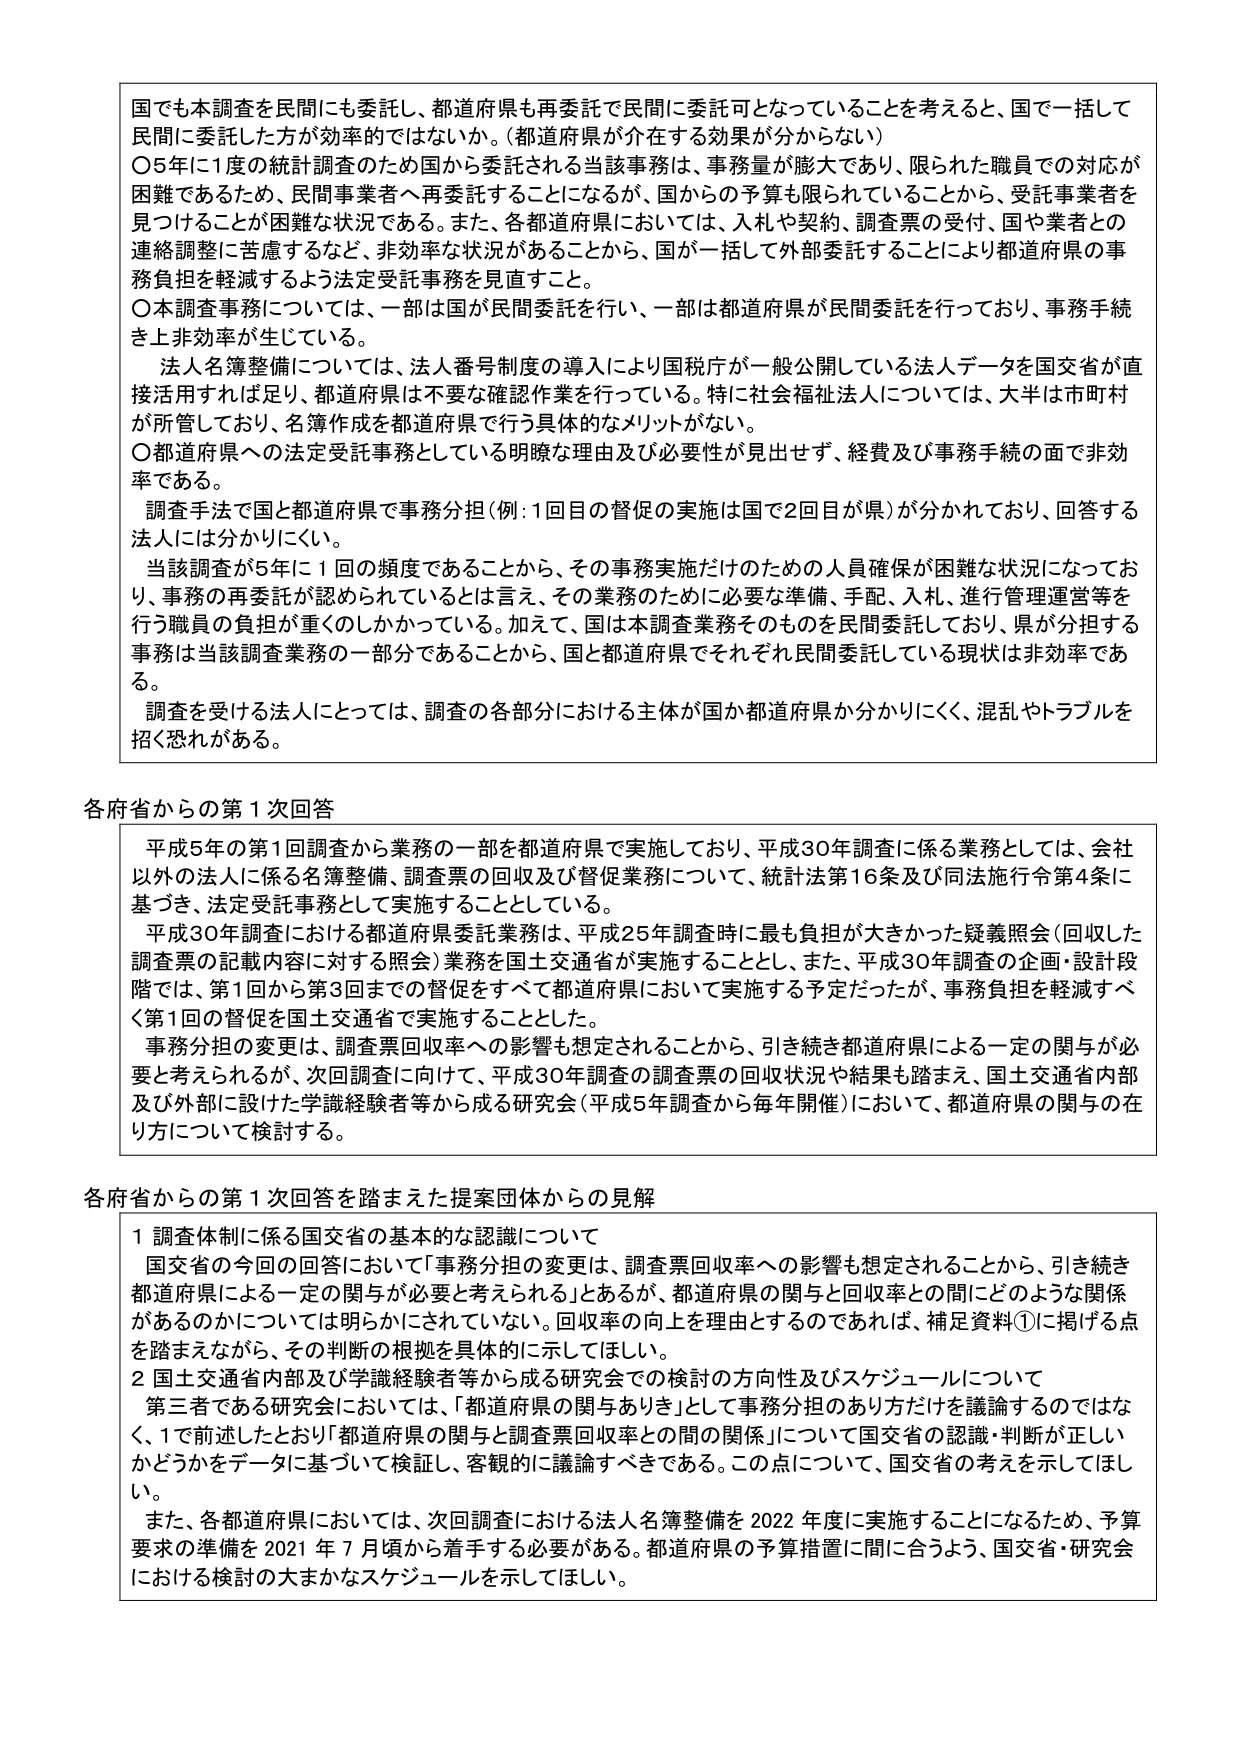
国でも本調査を民間にも委託し、都道府県も再委託で民間に委託可となっていることを考えると、国で一括して民間に委託した方が効率的ではないか。（都道府県が介在する効果が分からない）

〇5年に1度の統計調査のため国から委託される当該事務は、事務量が膨大であり、限られた職員での対応が困難であるため、民間事業者へ再委託することになるが、国からの予算も限られていることから、受託事業者を見つけることが困難な状況である。また、各都道府県においては、入札や契約、調査票の受付、国や業者との連絡調整に苦慮するなど、非効率な状況があることから、国が一括して外部委託することにより都道府県の事務負担を軽減するよう法定受託事務を見直すこと。

〇本調査事務については、一部は国が民間委託を行い、一部は都道府県が民間委託を行っており、事務手続き上非効率が生じている。

　法人名簿整備については、法人番号制度の導入により国税庁が一般公開している法人データを国交省が直接活用すれば足り、都道府県は不要な確認作業を行っている。特に社会福祉法人については、大半は市町村が所管しており、名簿作成を都道府県で行う具体的なメリットがない。

〇都道府県への法定受託事務としている明確な理由及び必要性が見出せず、経費及び事務手続の面で非効率である。

　調査手法で国と都道府県で事務分担（例：1回目の督促の実施は国で2回目が県）が分かれており、回答する法人には分かりにくい。

　当該調査が5年に1回の頻度であることから、その事務実施だけのための人員確保が困難な状況になっており、事務の再委託が認められているとは言え、その業務のために必要な準備、手配、入札、進行管理運営等を行う職員の負担が重くのしかかっている。加えて、国は本調査業務そのものを民間委託しており、県が分担する事務は当該調査業務の一部分であることから、国と都道府県でそれぞれ民間委託している現状は非効率である。

　調査を受ける法人にとっては、調査の各部分における主体が国か都道府県か分かりにくく、混乱やトラブルを招く恐れがある。

各府省からの第1次回答

　平成5年の第1回調査から業務の一部を都道府県で実施しており、平成30年調査に係る業務としては、会社以外の法人に係る名簿整備、調査票の回収及び督促業務について、統計法第16条及び同法施行令第4条に基づき、法定受託事務として実施することとしている。

　平成30年調査における都道府県委託業務は、平成25年調査時に最も負担が大きかった疑義照会（回収した調査票の記載内容に対する照会）業務を国土交通省が実施することとし、また、平成30年調査の企画・設計段階では、第1回から第3回までの督促をすべて都道府県において実施する予定だったが、事務負担を軽減すべく第1回の督促を国土交通省で実施することとした。

　事務分担の変更は、調査票回収率への影響も想定されることから、引き続き都道府県による一定の関与が必要と考えられるが、次回調査に向けて、平成30年調査の調査票の回収状況や結果も踏まえ、国土交通省内及び外部に設けた学識経験者等から成る研究会（平成5年調査から毎年開催）において、都道府県の関与の在り方について検討する。

各府省からの第1次回答を踏まえた提案団体からの見解

1 調査体制に係る国交省の基本的な認識について

　国交省の今回の回答において「事務分担の変更は、調査票回収率への影響も想定されることから、引き続き都道府県による一定の関与が必要と考えられる」とあるが、都道府県の関与と回収率との間にどのような関係があるのかについては明らかにされていない。回収率の向上を理由とするのであれば、補足資料①に掲げる点を踏まえながら、その判断の根拠を具体的に示してほしい。

2 国土交通省内及び学識経験者等から成る研究会での検討の方向性及びスケジュールについて

　第三者である研究会においては、「都道府県の関与ありき」として事務分担のあり方だけを議論するのではなく、1で前述したとおり「都道府県の関与と調査票回収率との間の関係」について国交省の認識・判断が正しいかどうかをデータに基づいて検証し、客観的に議論すべきである。この点について、国交省の考えを示してほしい。

　また、各都道府県においては、次回調査における法人名簿整備を2022年度に実施することになるため、予算要求の準備を2021年7月頃から着手する必要がある。都道府県の予算措置に間に合うよう、国交省・研究会における検討の大まかなスケジュールを示してほしい。